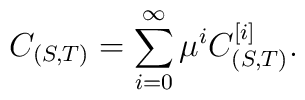
C_{(S,T)} = \sum_{i=0}^{\infty}\mu^iC_{(S,T)}^{[i]}.